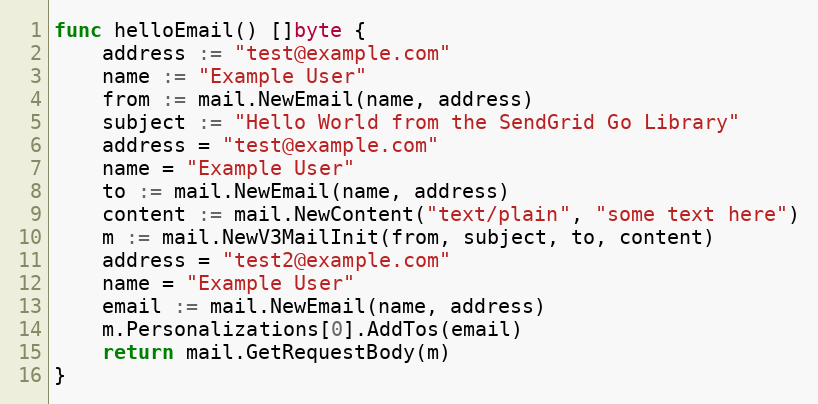
Language: Go
func helloEmail() []byte {
	address := "test@example.com"
	name := "Example User"
	from := mail.NewEmail(name, address)
	subject := "Hello World from the SendGrid Go Library"
	address = "test@example.com"
	name = "Example User"
	to := mail.NewEmail(name, address)
	content := mail.NewContent("text/plain", "some text here")
	m := mail.NewV3MailInit(from, subject, to, content)
	address = "test2@example.com"
	name = "Example User"
	email := mail.NewEmail(name, address)
	m.Personalizations[0].AddTos(email)
	return mail.GetRequestBody(m)
}